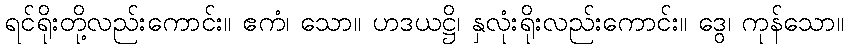
ရင်ရိုးတို့လည်းကောင်း။ ဧကံ၊ သော။ ဟဒယဋ္ဌိ၊ နှလုံးရိုးလည်းကောင်း။ ဒွေ၊ ကုန်သော။